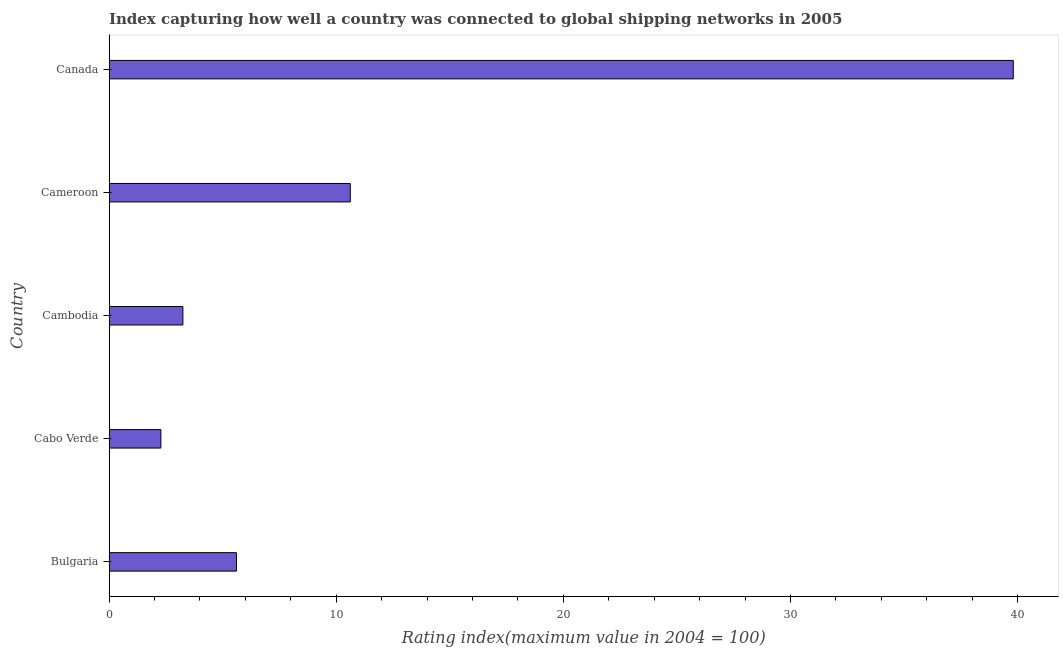
| Country | Liner shipping connectivity index  |
 | --- | --- |
 | Bulgaria | 5.61 |
 | Cabo Verde | 2.28 |
 | Cambodia | 3.25 |
 | Cameroon | 10.6 |
 | Canada | 39.8 |